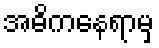
အဓိကနေရာမှ